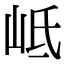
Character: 岻